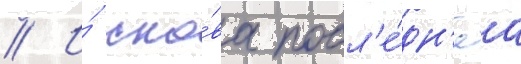
// И́ сно́ва посл'е́дн'яа